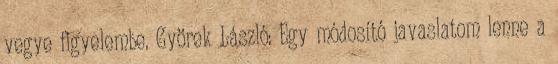
vegye figyelembe. Györek László: Egy módosító javaslatom lenne a